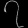
Digit: ၇